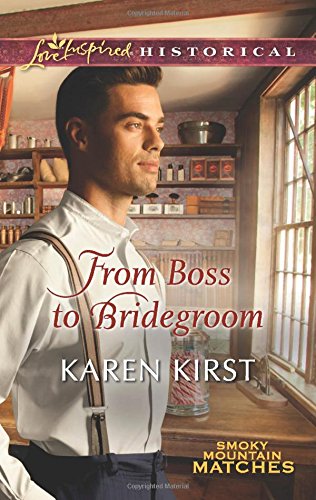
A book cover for From Boss to Bridegroom (Smoky Mountain Matches); Karen Kirst; Christian Books & Bibles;